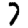
Digit: 7